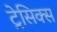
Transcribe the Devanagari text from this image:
ट्रेसिक्स